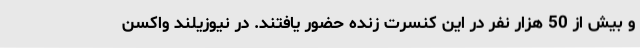
و بیش از 50 هزار نفر در این کنسرت زنده حضور یافتند. در نیوزیلند واکسن